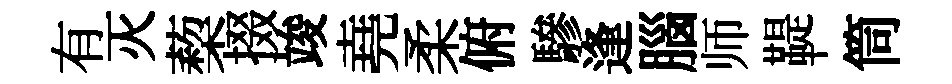
有灭蔾掇竣堯柔俯驂逢腦师鞮筒